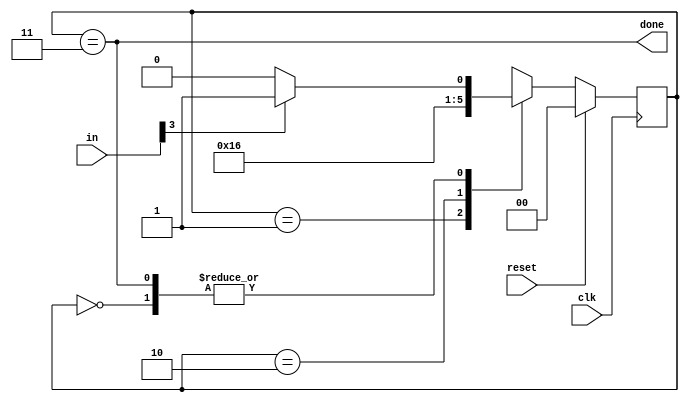
module top_module(
    input clk,
    input [7:0] in,
    input reset,    // Synchronous reset
    output done); //
    parameter  B1=0,B2=1,B3=2,DONE=3;
    reg [1:0] state, next;
    // State transition logic (combinational)
    always@(*) begin
        case(state)
            B1: next = in[3]? B2 : B1;
            B2: next = B3;
            B3: next = DONE;
            DONE: next = in[3]? B2 : B1;
            
                
        endcase
    end
    // State flip-flops (sequential)
    always@(posedge clk) begin
        if(reset) state <= B1;
        else state <= next;
    end
    // Output logic
    assign done = (state==DONE);
endmodule